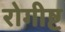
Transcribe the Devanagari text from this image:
रोगीष्ट